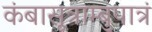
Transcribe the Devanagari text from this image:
कंबासूत्राम्बुपात्रं